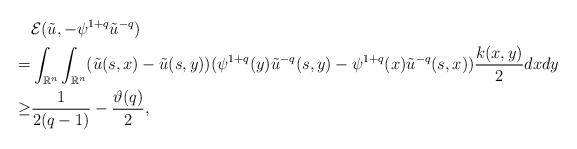
LaTeX: \begin{align*}& \mathcal{E}(\tilde{u},-\psi^{1+q}\tilde{u}^{-q}) \\= & \int_{\mathbb{R}^{n}}\int_{\mathbb{R}^{n}}(\tilde{u}(s,x)-\tilde{u}(s,y))(\psi^{1+q}(y)\tilde{u}^{-q}(s,y)-\psi^{1+q}(x)\tilde{u}^{-q}(s,x))\frac{k(x,y)}{2}dxdy \\\geq & \frac{1}{2(q-1)} - \frac{\vartheta(q)}{2},\end{align*}